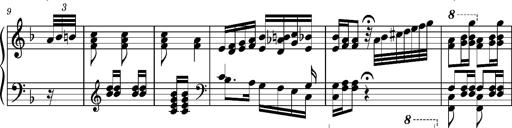
Title: Ungarischer Romanzero
Composer: Franz Liszt